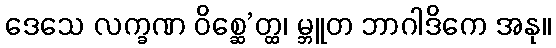
ဒေသေ လက္ခဏ ဝိစ္ဆေ’တ္ထ၊ မ္ဘူတ ဘာဂါဒိကေ အနု။